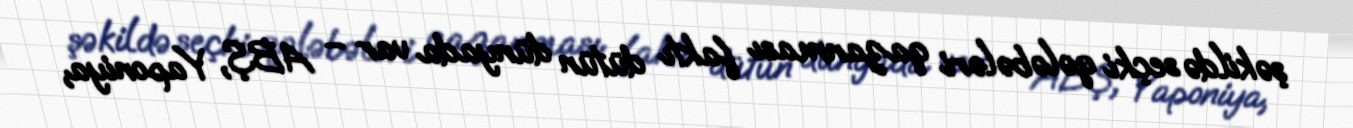
şəkildə seçki qələbələri qazanması faktı dütün dünyada var – ABŞ, Yaponiya,